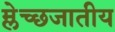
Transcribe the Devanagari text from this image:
म्लेच्छजातीय